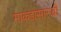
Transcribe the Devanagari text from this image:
माकडासारखी